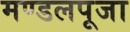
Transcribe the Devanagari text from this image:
मण्डलपूजा